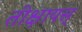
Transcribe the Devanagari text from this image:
तीक्षायस्